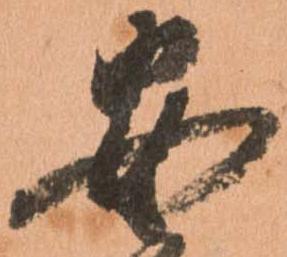
安